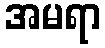
အမရာ